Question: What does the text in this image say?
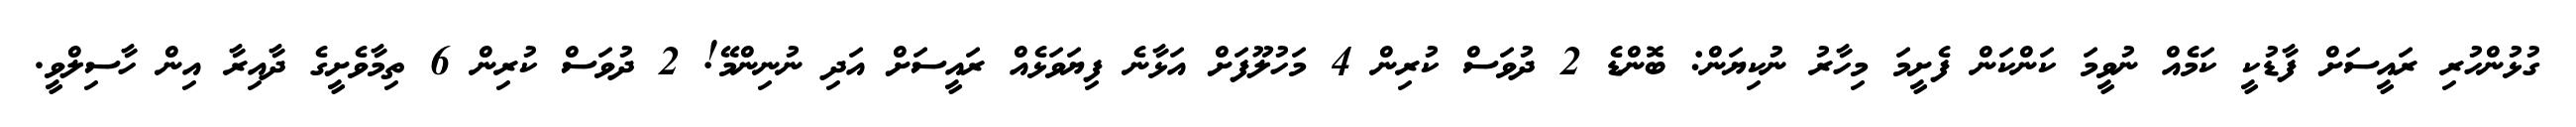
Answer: ގުޅުންހުރި ރައީސަށް ފާޑުކީ ކަމެއް ނުވީމަ ކަންކަން ފެށީމަ މިހާރު ނުކިޔަން: ބޮންޑެ 2 ދުވަސް ކުރިން 4 މަހުލޫފަށް އަޅާނެ ފިޔަވަޅެއް ރައީސަށް އަދި ނުނިންމޭ! 2 ދުވަސް ކުރިން 6 ތިމާވެށީގެ ދާއިރާ އިން ހާސިލްވީ.